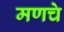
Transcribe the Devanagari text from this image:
मणचे